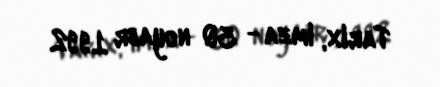
Tarix, imza - 30 noyabr 1992